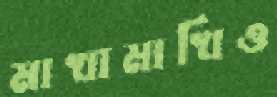
মাখামাখিও